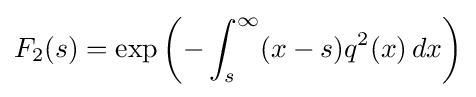
F_{2}(s)=\exp \left(-\int _{s}^{\infty }(x-s)q^{2}(x)\,dx\right)